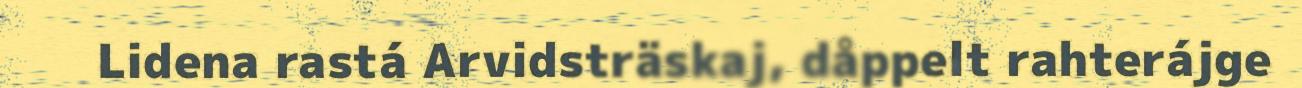
Lidena rastá Arvidsträskaj, dåppelt rahterájge